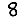
Digit: 8